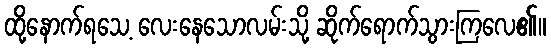
ထို့နောက်ရသေ့ လေးနေသောလမ်းသို့ ဆိုက်ရောက်သွားကြလေ၏။